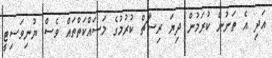
އަދި އެ ތަނުން ކުރަމުން ދިޔަ ރިސާޗް ކުރުމުގެ މަސައްކަތްތައް ވެސް ޔުނިވަސިޓީ